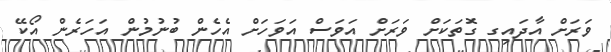
ވަރަށް އާދައިގ ގޮތަކަށް ވަރަށް އަވަސް އަވަހަށް އެހެން ބުނުމުން އަހަރެން އޯކޭ